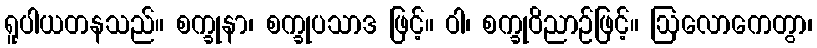
ရူပါယတနသည်။ စက္ခုနာ၊ စက္ခုပသာဒ ဖြင့်။ ဝါ၊ စက္ခုဝိညာဉ်ဖြင့်။ ဩလောကေတွာ၊